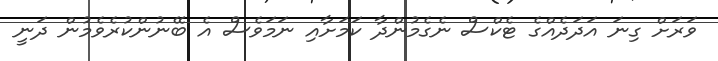
ވަރަށް ގިނަ އަދަދެއްގެ ޓެކްސް ނެގެމުންދާ ކަމަށާއި ނަމަވެސް އެ ބޭނުންކުރެވެމުން ދަނީ